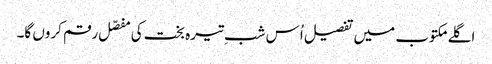
اگلے مکتوب میں تفصیل اُس شبِ تیرہ بخت کی مفصّل رقم کروں گا۔